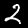
Label: 2